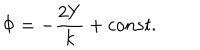
\Phi = - \frac { 2 Y } { k } + c o n s t .